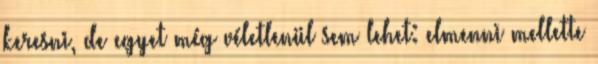
keresni, de egyet még véletlenül sem lehet: elmenni mellette